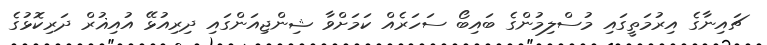
ޗައިނާގެ އިރުމަތީގައި މުސްލިމުންގެ ބައިބޯ ސަހަރެއް ކަމަށްވާ ޝިންޖިއަންގައި ދިރިއުޅޭ އުއިޣުރް ދަރިކޮޅުގެ